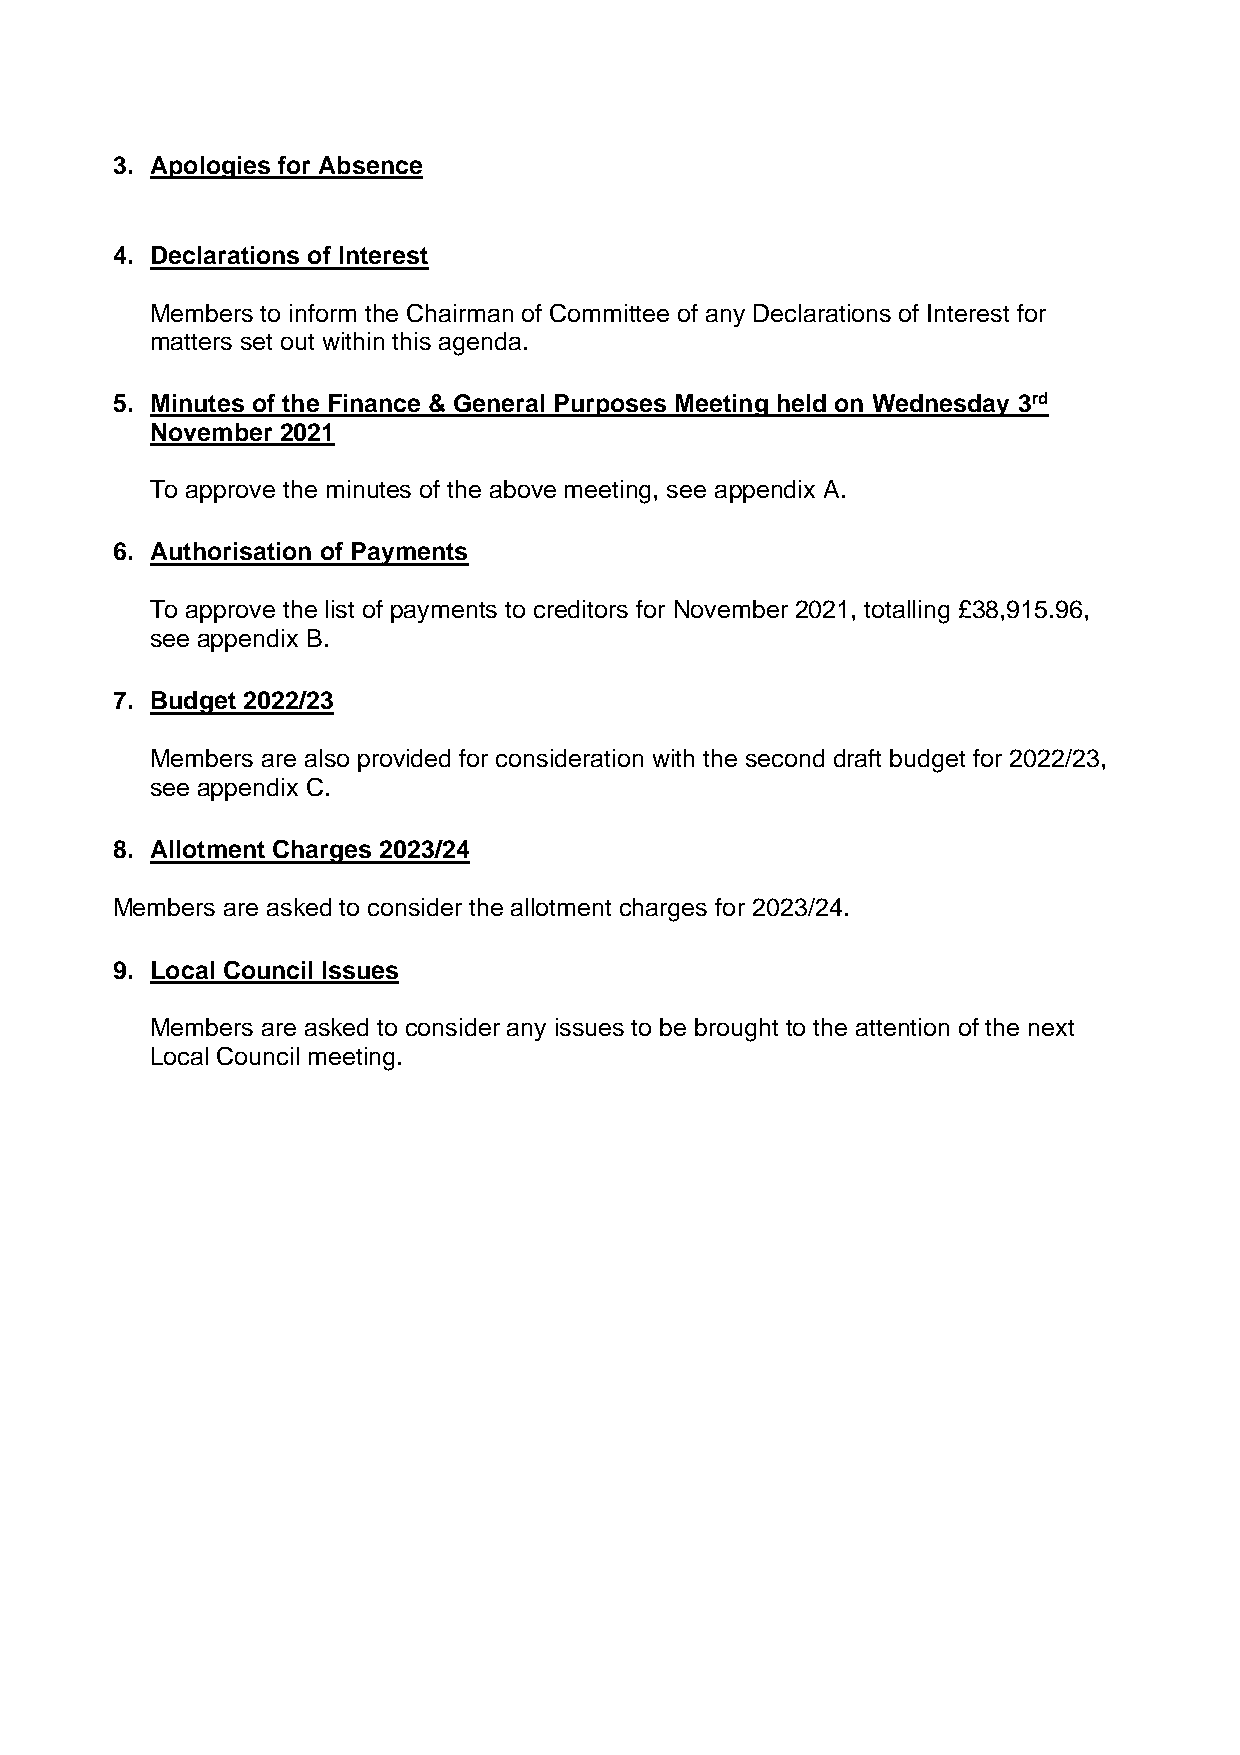
3. Apologies for Absence
 4. Declarations of Interest
 Members to inform the Chairman of Committee of any Declarations of Interest for
 matters set out within this agenda.
 5. Minutes of the Finance & General Purposes Meeting held on Wednesday 3rd
 November 2021
 To approve the minutes of the above meeting, see appendix A.
 6. Authorisation of Payments
 To approve the list of payments to creditors for November 2021, totalling £38,915.96,
 see appendix B.
 7. Budget 2022/23
 Members are also provided for consideration with the second draft budget for 2022/23,
 see appendix C.
 8. Allotment Charges 2023/24
 Members are asked to consider the allotment charges for 2023/24.
 9. Local Council Issues
 Members are asked to consider any issues to be brought to the attention of the next
 Local Council meeting.